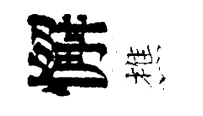
懈樵